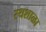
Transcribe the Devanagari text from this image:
रथशाळा